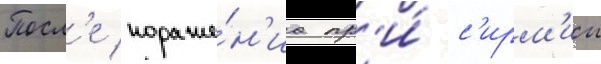
Посл'е пораже́н'иа пр'и́ с'ирм'ии